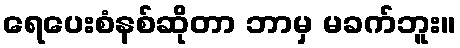
ရေပေးစံနစ်ဆိုတာ ဘာမှ မခက်ဘူး။